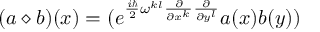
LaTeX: ( a \diamond b ) ( x ) = ( e ^ { \frac { i \hbar } { 2 } \omega ^ { k l } \frac { \partial } { \partial x ^ { k } } \frac { \partial } { \partial y ^ { l } } } a ( x ) b ( y ) )